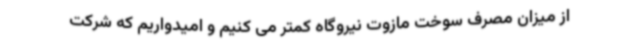
از میزان مصرف سوخت مازوت نیروگاه کمتر می کنیم و امیدواریم که شرکت